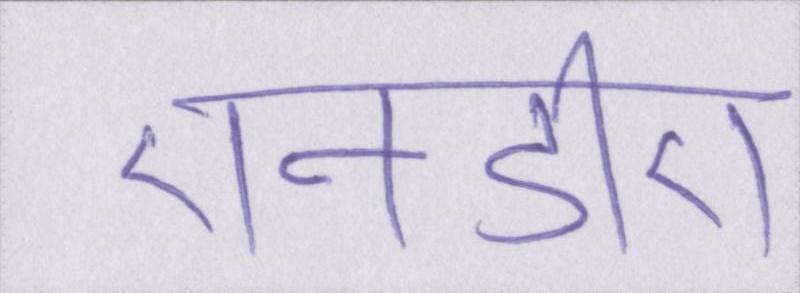
एनडीए